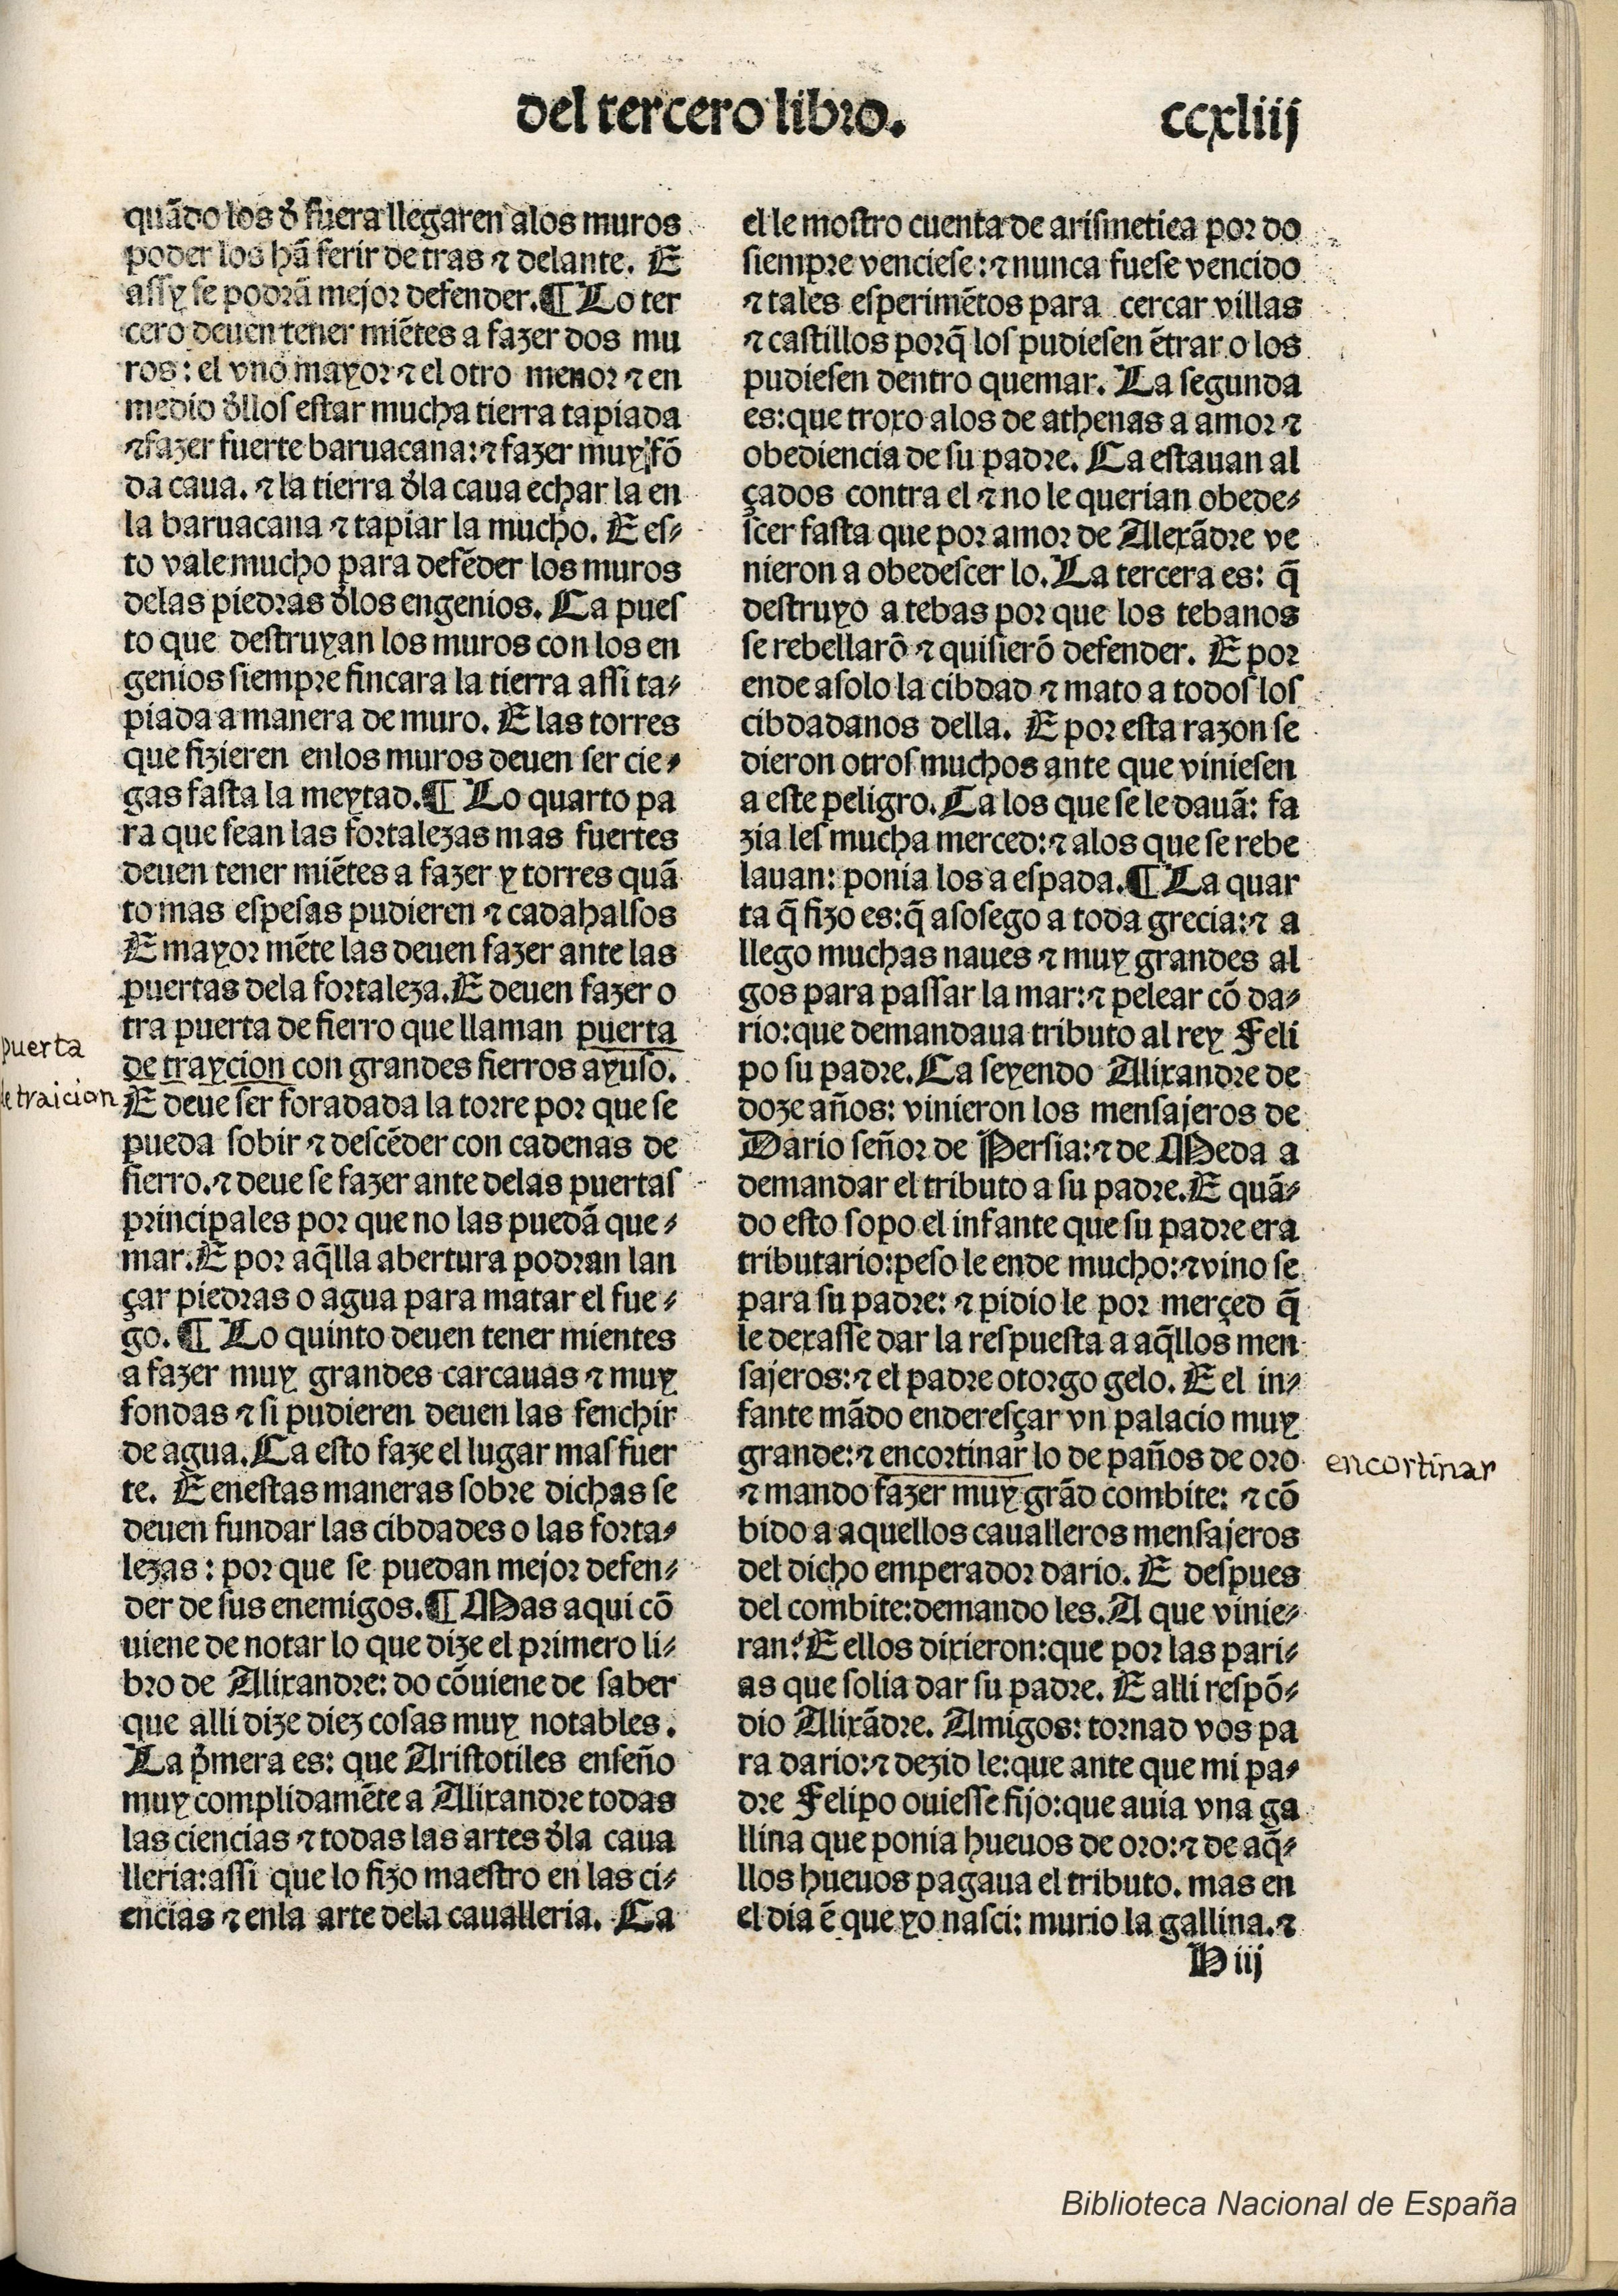
Shelfmark: Madrid, BNE, Inc. 901
Century: 15